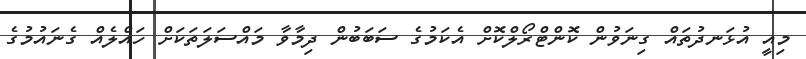
މިއީ އުޅަނދުތައް ގިނަވުން ކޮންޓްރޯލްކޮށް އެކަމުގެ ސަބަބުން ދިމާވާ މައްސަލަތަކަށް ހައްލެއް ގެނައުމުގެ